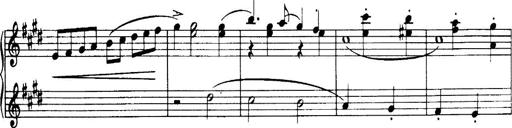
Title: 3 Sonatinas, Op.67
Composer: Jean Sibelius